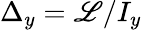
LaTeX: \Delta_{y}={\mathscr{L}}/I_{y}